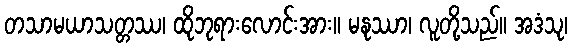
တသာမယာသတ္တဿ၊ ထိုဘုရားလောင်းအား။ မနုဿာ၊ လူတို့သည်။ အဒံသု၊